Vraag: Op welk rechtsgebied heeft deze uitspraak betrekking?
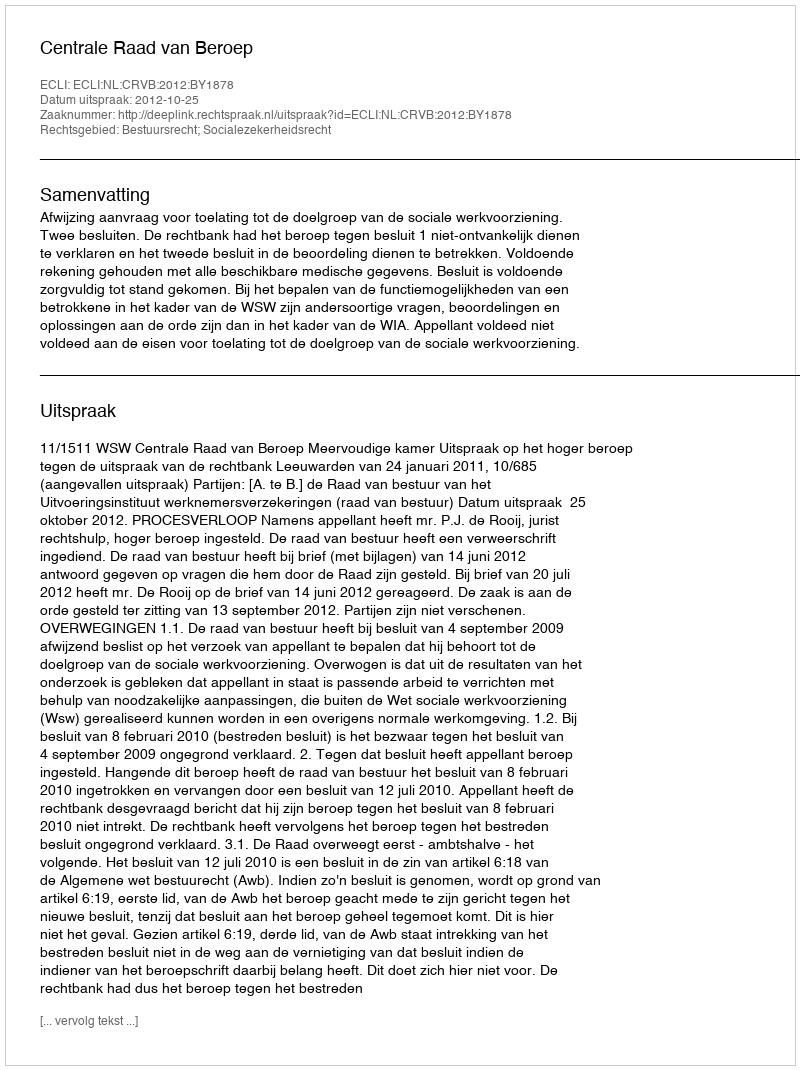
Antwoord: Bestuursrecht; Socialezekerheidsrecht